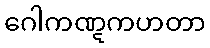
ဂေါကဏ္ဋကဟတာ